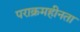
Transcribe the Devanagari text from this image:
पराक्रमहीनता